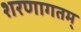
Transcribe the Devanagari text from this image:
शरणागतम्‌